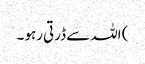
) اللہ سے ڈرتی رہو ۔